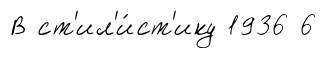
В ст'ил'и́ст'ику 1936 6